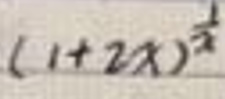
$(1 + 2x)^{\frac{1}{2}}$